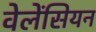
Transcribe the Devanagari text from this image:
वेलेंसियन